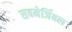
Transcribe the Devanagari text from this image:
सबमेर्जिबल